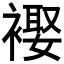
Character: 𧜱